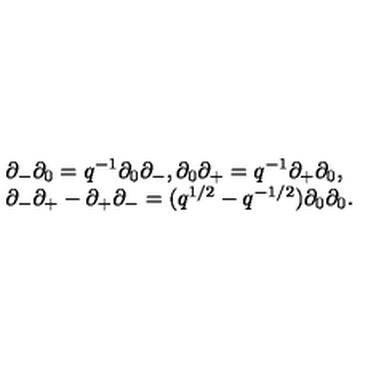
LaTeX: \begin{array} { l } { \partial _ { - } \partial _ { 0 } = q ^ { - 1 } \partial _ { 0 } \partial _ { - } , \partial _ { 0 } \partial _ { + } = q ^ { - 1 } \partial _ { + } \partial _ { 0 } , } \\ { \partial _ { - } \partial _ { + } - \partial _ { + } \partial _ { - } = ( q ^ { 1 / 2 } - q ^ { - 1 / 2 } ) \partial _ { 0 } \partial _ { 0 } . } \\ \end{array}